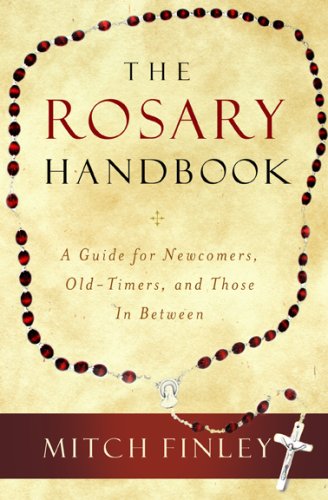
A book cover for The Rosary Handbook: A Guide for Newcomers, Old-Timers, and Those in Between; Mitch Finley; Christian Books & Bibles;